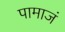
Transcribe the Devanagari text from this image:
पामाजं